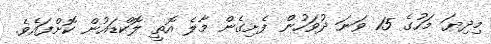
މިދިޔަ މަހުގެ 15 ވަނަ ދުވަހުން ފެށިގެން މާލެ އޮތީ ލޮކްޑައުން ކޮށްފައެވެ.